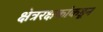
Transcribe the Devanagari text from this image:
क्षेत्ररक्षकांकडून